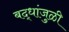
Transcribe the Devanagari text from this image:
बद्धांजुळी